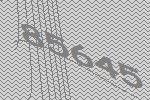
85645